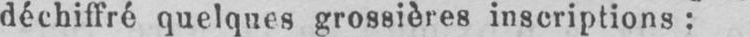
déchiffré quelques grossières inscriptions: